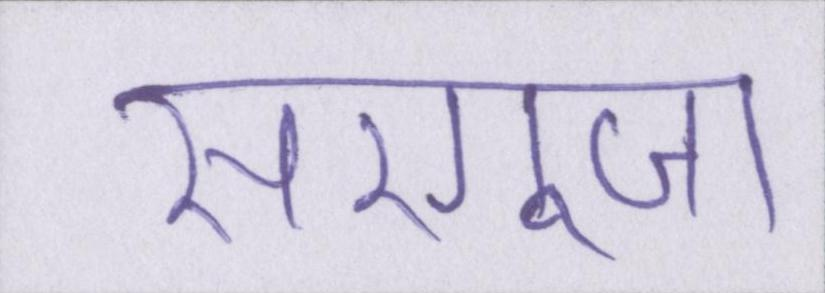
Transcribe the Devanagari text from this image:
सरगुजा